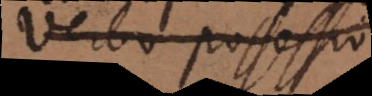
Verbo possessio